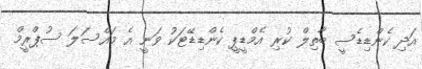
އަދި ކެންޑިޑެސީ ބާތިލް ކުރި އެމްޑީޕީ ކެންޑިޑޭޓަކު ވަނީ އެ މައްސަލަ ސުޕްރީމް